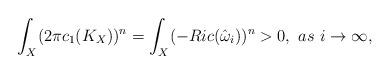
LaTeX: \begin{align*}\int_X(2\pi c_1(K_X))^n=\int_X(-Ric(\hat\omega_i))^n>0,\,\,as\,\,i\to\infty,\end{align*}